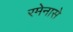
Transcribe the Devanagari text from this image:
रमेनासे